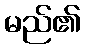
မည်၏